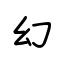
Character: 幻